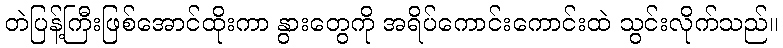
တဲပြန့်ကြီးဖြစ်အောင်ထိုးကာ နွားတွေကို အရိပ်ကောင်းကောင်းထဲ သွင်းလိုက်သည်။